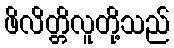
ဖိလိတ္တိလူတို့သည်